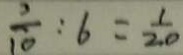
\frac { 2 } { 1 0 } : 6 = \frac { 1 } { 2 0 }